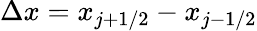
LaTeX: \Delta x=x_{j+1/2}-x_{j-1/2}